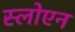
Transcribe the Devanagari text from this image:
स्लोएन